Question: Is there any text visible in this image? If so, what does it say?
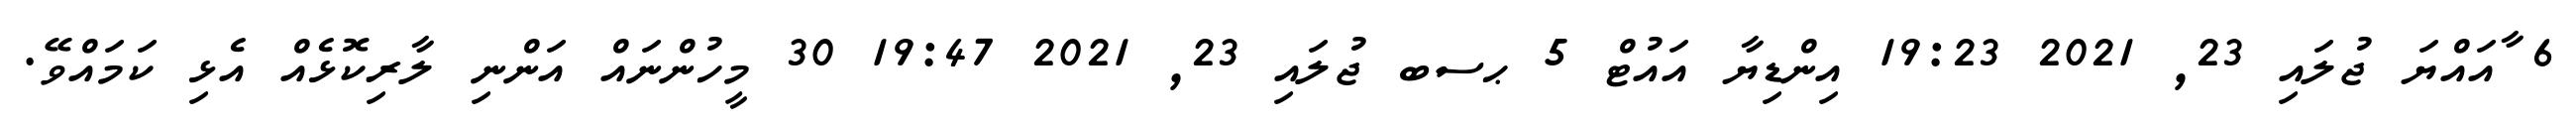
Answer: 6 ާއައްޔަ ޖުލައި 23, 2021 19:23 އިންޑިޔާ އައުޓް 5 ޙސބ ޖުލައި 23, 2021 19:47 30 މީހުންނައް އަންނި ލާރިކޮޅެއް އެޅި ކަމައްވޭ.